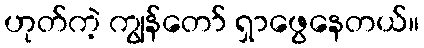
ဟုတ်ကဲ့ ကျွန်တော် ရှာဖွေနေတယ်။